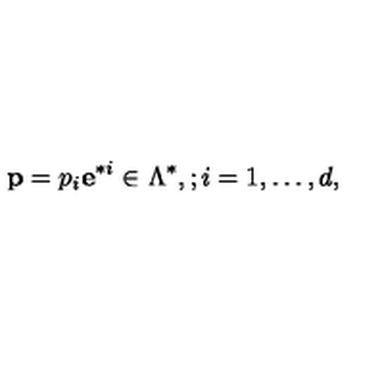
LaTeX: { \bf p } = p _ { i } { \bf e } ^ { * i } \in \Lambda ^ { * } , ; i = 1 , \dots , d ,